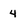
Character: 4